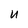
Character: U